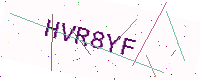
Text: HVR8YF